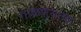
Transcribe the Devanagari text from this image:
गाळण्यांचा